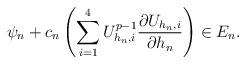
LaTeX: \begin{align*} \psi_n+c_n\left(\sum_{i=1}^4 U_{h_n,i}^{p-1} \frac{\partial U_{h_n,i}}{\partial h_n}\right)\in E_n.\end{align*}